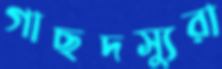
গাছদস্যুরা